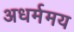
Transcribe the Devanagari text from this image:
अधर्ममय